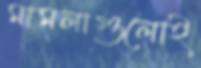
মামলাগুলোই